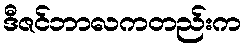
ဒီဇင်ဘာလကတည်းက